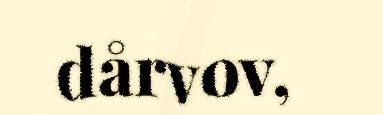
dårvov,